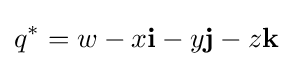
q^{*}=w-x\mathbf {i} -y\mathbf {j} -z\mathbf {k} \!\